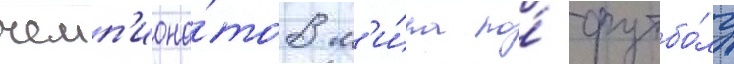
чемп'иона́тов м'и́ра по́ футбо́лу